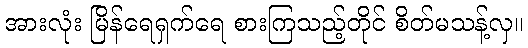
အားလုံး မြိန်ရေရှက်ရေ စားကြသည့်တိုင် စိတ်မသန့်လှ။